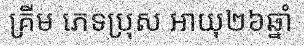
គ្រីម ភេទប្រុស អាយុ២៦ឆ្នាំ